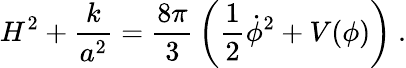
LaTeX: H^{2}+\frac{k}{a^{2}}=\frac{8\pi}{3}\, \left(\frac{1}{2}\dot{\phi}^{2}+V(\phi)\right)\ .